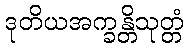
ဒုတိယအက္ခန္တိသုတ္တံ